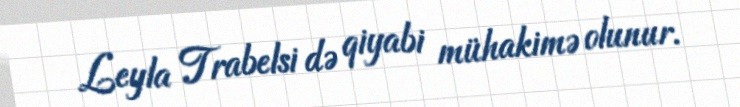
Leyla Trabelsi də qiyabi mühakimə olunur.